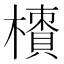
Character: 𣜇